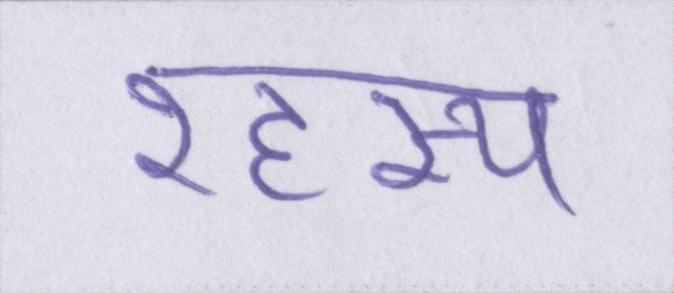
रहस्य